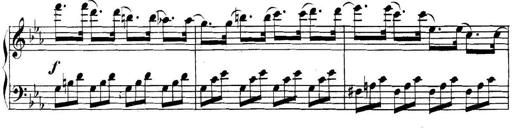
Title: Collected Piano Sonatas
Composer: Muzio Clementi